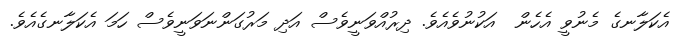
އެކަލާނގެ މެނުވީ އެހެން  އަކުނުވެއެވެ. ދިރުއްވަނީވެސް އަދި މަރުގަންނަވަނީވެސް ހަމަ އެކަލާނގެއެވެ.